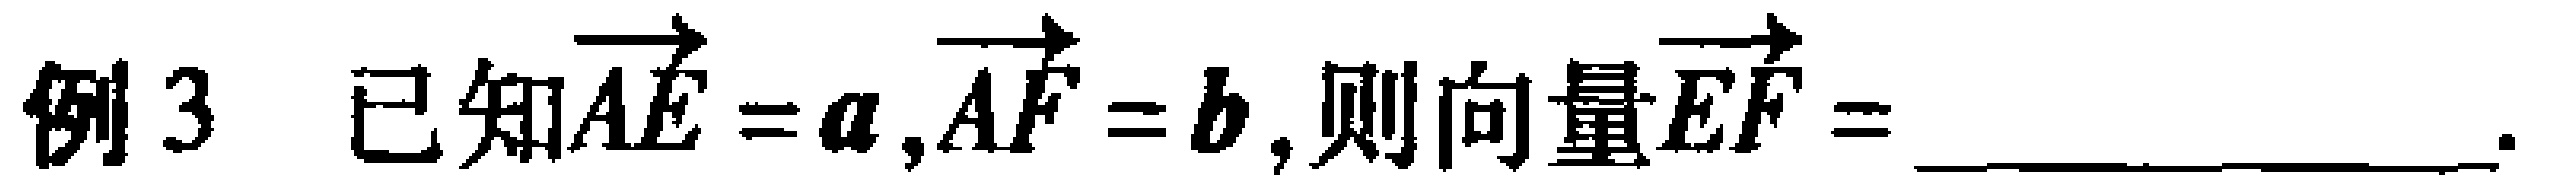
例3 已知$\overrightarrow{AE} = \boldsymbol{a},\overrightarrow{AF} = \boldsymbol{b}$,则向量$\overrightarrow{EF}=$________________.